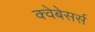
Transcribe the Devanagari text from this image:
क्वेबेसर्स